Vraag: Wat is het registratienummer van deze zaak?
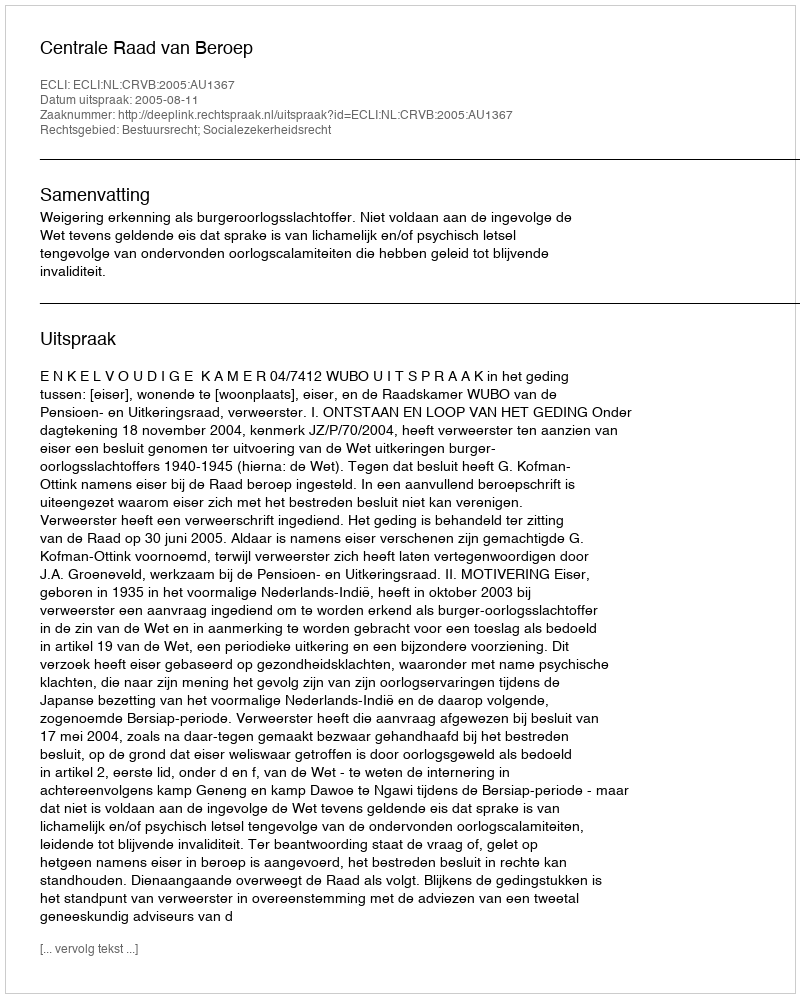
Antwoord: http://deeplink.rechtspraak.nl/uitspraak?id=ECLI:NL:CRVB:2005:AU1367